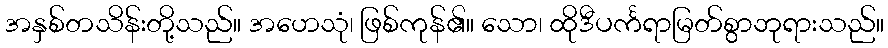
အနှစ်တသိန်းတို့သည်။ အဟေသုံ၊ ဖြစ်ကုန်၏။ သော၊ ထိုဒီပင်္ကရာမြတ်စွာဘုရားသည်။